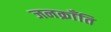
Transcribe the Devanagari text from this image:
जनक्राँति